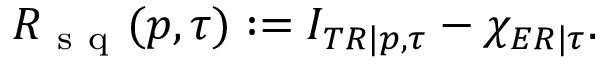
R _ { \mathrm { ~ s ~ q ~ } } ( p , \tau ) : = I _ { T R | p , \tau } - \chi _ { E R | \tau } .